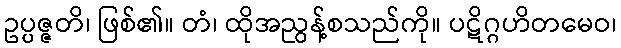
ဥပ္ပဇ္ဇတိ၊ ဖြစ်၏။ တံ၊ ထိုအညွန့်စသည်ကို။ ပဋိဂ္ဂဟိတမေဝ၊